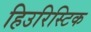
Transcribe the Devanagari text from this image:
हिउरिस्टिक